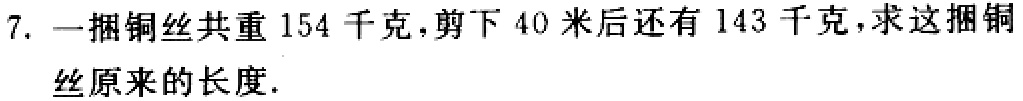
7. 一捆铜丝共重154千克，剪下40米后还有143千克，求这捆铜丝原来的长度.